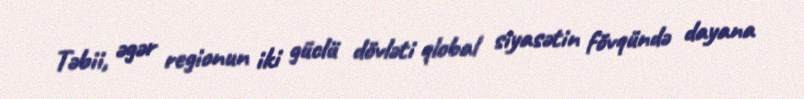
Təbii, əgər regionun iki güclü dövləti qlobal siyasətin fövqündə dayana